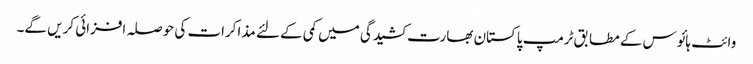
وائٹ ہائوس کے مطابق ٹرمپ پاکستان بھارت کشیدگی میں کمی کے لئے مذاکرات کی حوصلہ افزائی کریں گے۔